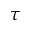
\tau